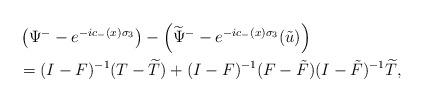
LaTeX: \begin{align*}\begin{aligned}&\left(\Psi^--e^{-ic_-(x)\sigma_3}\right)-\left(\widetilde{\Psi}^--e^{-ic_-(x)\sigma_3}(\tilde{u})\right)\\&=(I-F)^{-1}(T-\widetilde{T})+(I-F)^{-1}(F-\tilde{F})(I-\tilde{F})^{-1} \widetilde{T},\end{aligned}\end{align*}